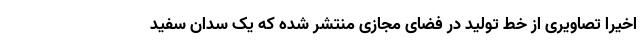
اخیرا تصاویری از خط تولید در فضای مجازی منتشر شده که یک سدان سفید